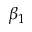
\beta _ { 1 }